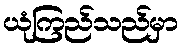
ယုံကြည်သည်မှာ